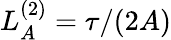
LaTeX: L_{A}^{(2)}=\tau/(2A)